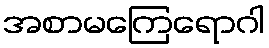
အစာမကြေရောဂါ